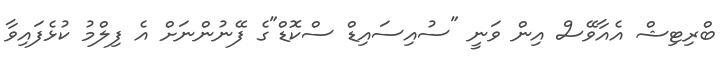
ބްރިޓިޝް އެއާވޭސް އިން ވަނީ "ސުއިސައިޑް ސްކޮޑް"ގެ ފޭނުންނަށް އެ ފިލްމު ކުޅެފައިވާ